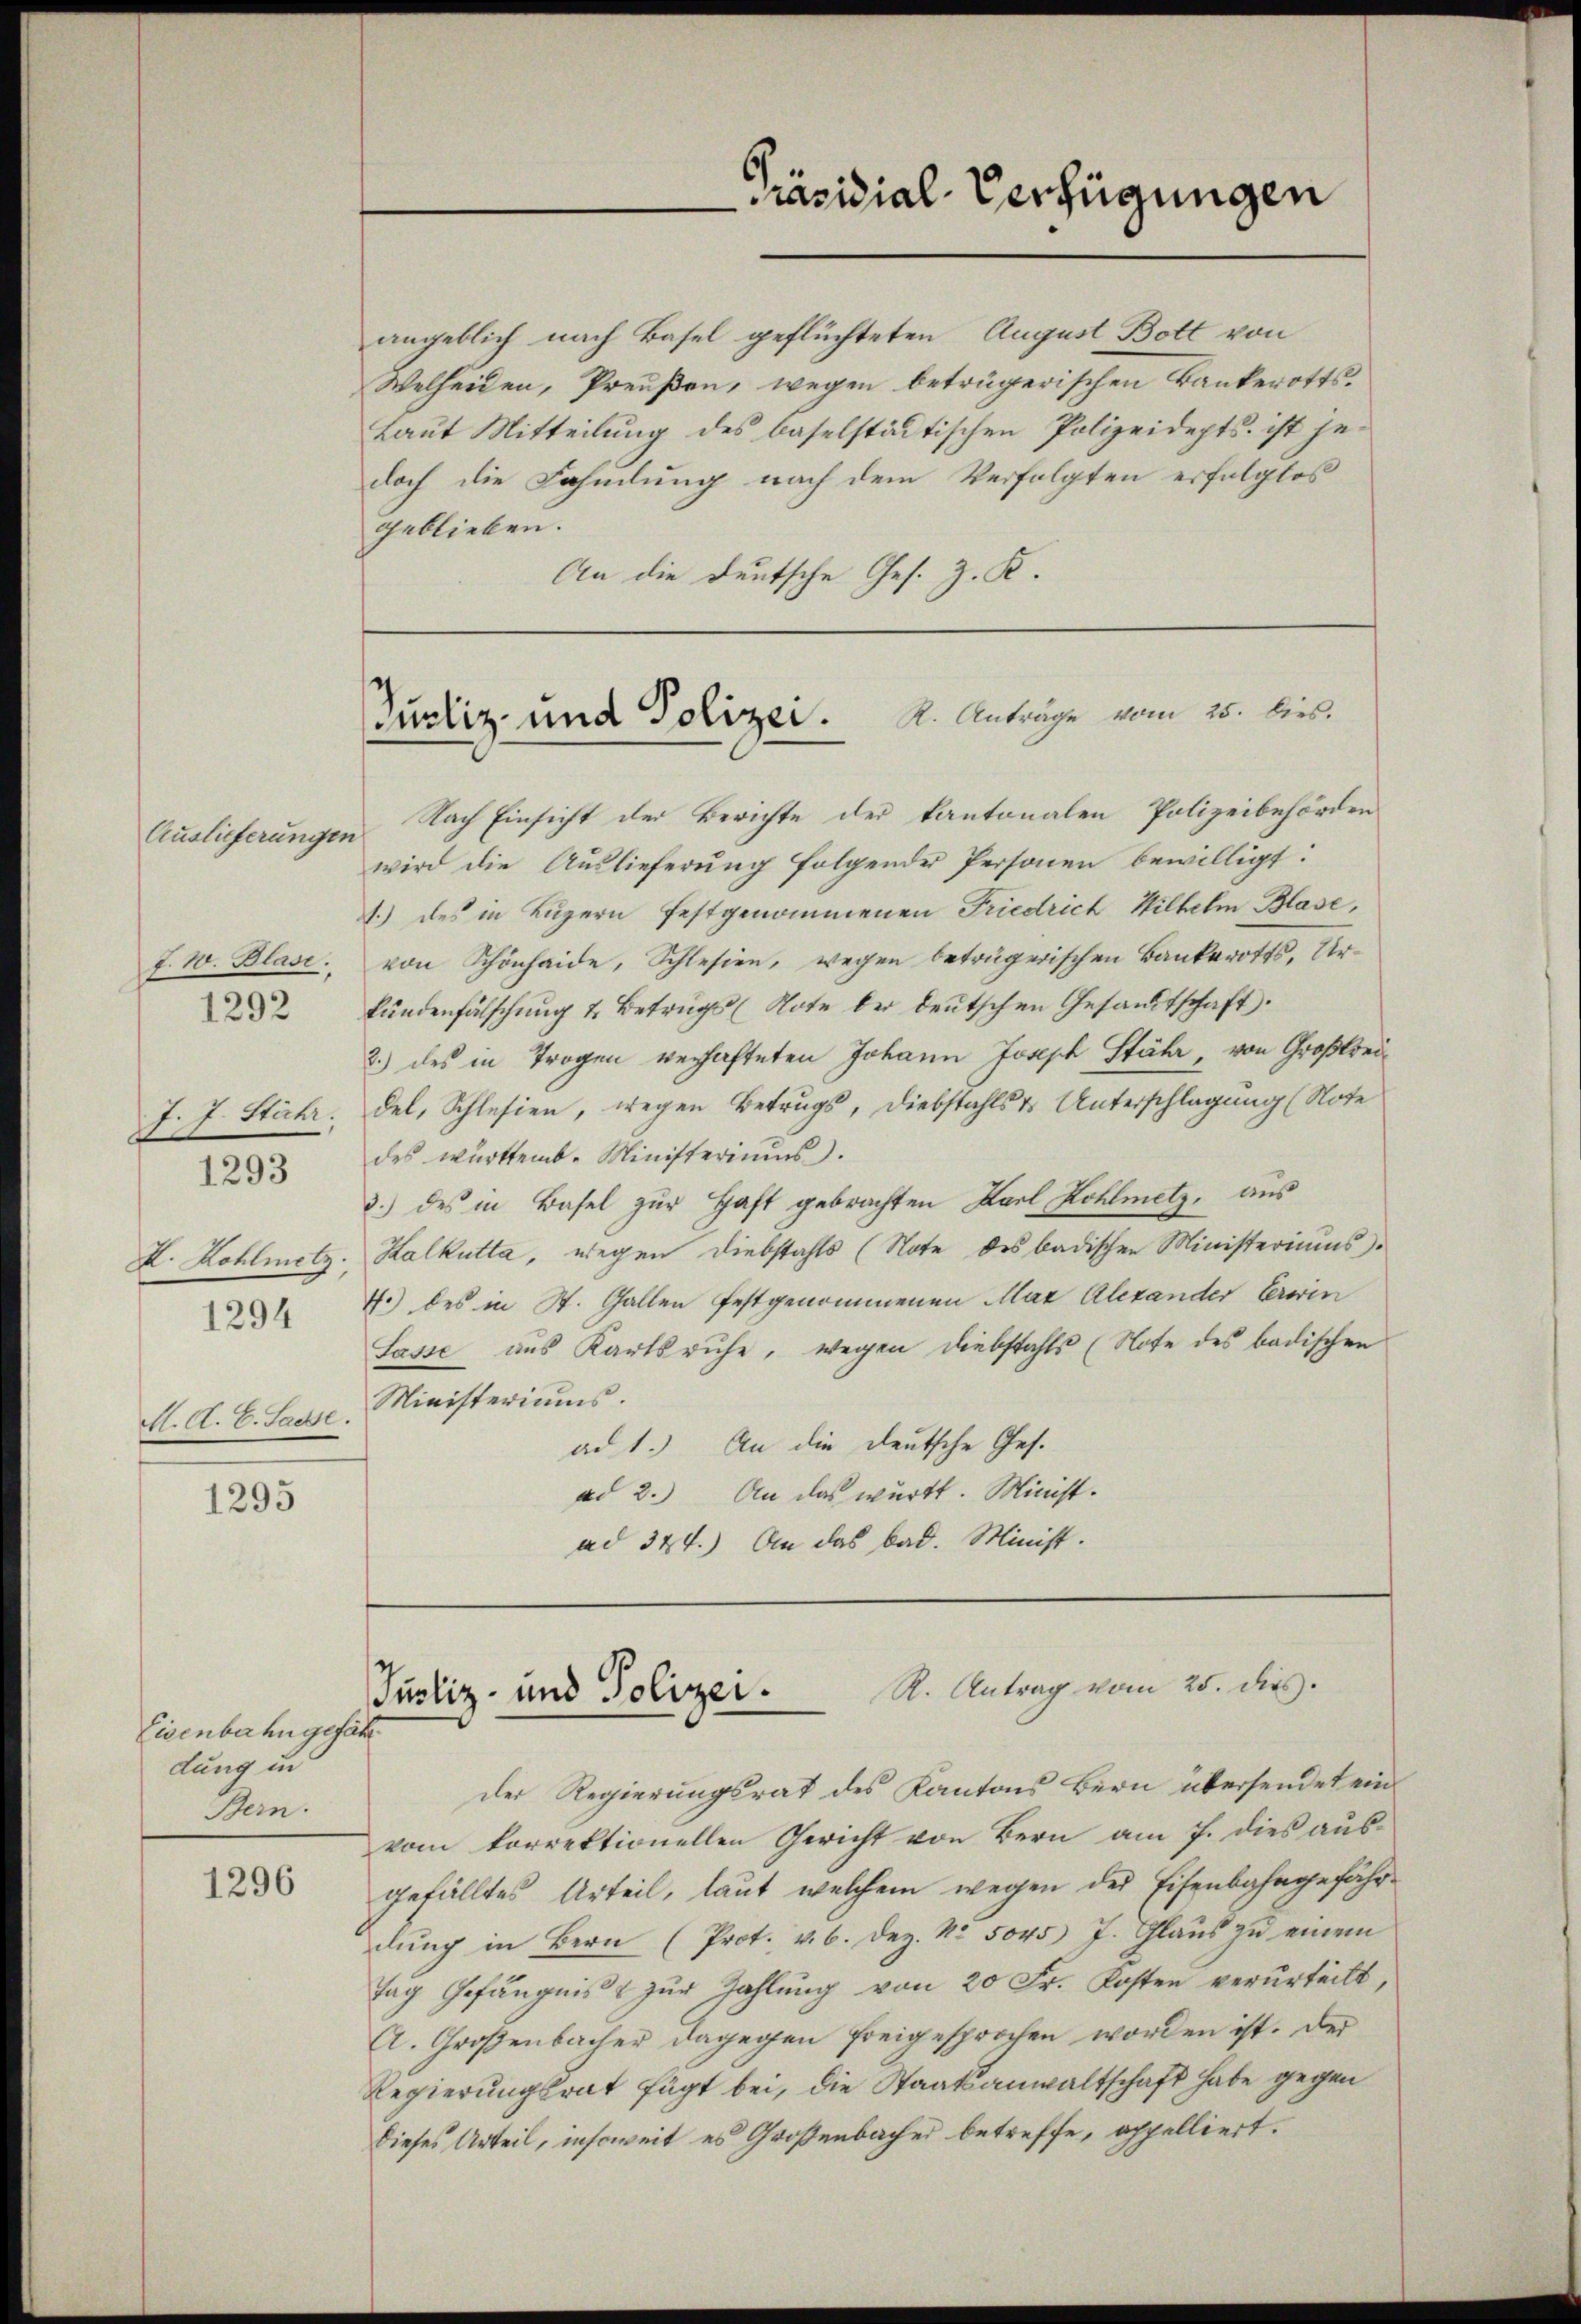
Auslieferungen
F. W. Blase.
J. J. Stähr.
1293
X. Kohlmetz.
1294
M. A. E. Sache.

1292

1295

Eisenbahn gefähr
dung un
Bern.

1296

angeblich nach Basel geflüchteten August Bott von
Welheiden, Preußen, wegen beträgerischen Bankerotts¬
Laut Mitteilung des baselstädtischen Polizeidepts. ist jedoch die Fahmlung nach dem Verfolgten erfolglos
geblieben.
An die Deutsche Ges. Z. K.

Justiz- und Polizei. K. Anträge vom 25. lies.

Präsidial-Verfügungen

Nach Einsicht der Berichte der kantonalen Polizeibehörden
wird die Auslieferung folgender Personen bewilligt:
1.) des in Luzern festgenommenen Friedrich Wilhelm Blase,
von Schönhaide, Schlesien, wegen beträgerischen Bankerotts, Urkundenfälschung 4. Betrugs (Note der deutschen Gesandtschaft.
2.) des in Trogen verhafteten Johann Joseph Stähr, von Großbreidel, Schlesien, wegen Betrugs, Diebstahls & Unterschlagung (Note
des württemb. Ministeriums.
3.) des in Basel zur Haft gebrachten Karl Kohlmetz, aus
Kalkutta, wegen Diebstahls (Note des badischen Ministeriums.
7.) des in St. Gallen festgenommenen Max Alexander Erwin
Lasse aus Karlsruhe, wegen Diebstahls (Note des badischen
Ministeriums.
ad 1.) An die deutsche Ges.
ad 2.) An das württ. Minist.
ad 344.) An das bad. Minist.

Justiz- und Polizei. R. Antrag vom 25. dies

der Regierungsrat des Kantons Bern übersendet ein
vom korrektionellen Gericht von Bern am 7. dies ausgefälltes Urteil, laut welchem wegen der Eisenbahngefährdŭng in Bern (Prot. v. 6. Dez. Nr. 5045 7. Glaŭs zŭ einem
Tag Gefängnis zur Zahlung von 20 Fr. Kosten verurteilt,
A. Großenbacher dagegen freigesprochen worden ist. Der
Regierungsrat fügt bei, die Staatsanwaltschaft habe gegen
dieses Urteil, insoweit es Großenbacher betreffe, oppelliert.